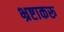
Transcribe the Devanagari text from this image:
भ्रष्टाकरू